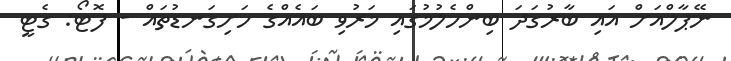
ނޭޕާލްއަށް އައި ބާރުގަދަ ބިންހެލުމުގައި މަރުވި ބައެއްގެ ހަށިގަނޑުތައް - ފޮޓޯ: ގެޓީ